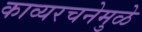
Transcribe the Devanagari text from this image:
काव्यरचनेमुळे